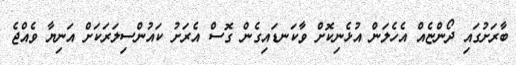
ބާރަށުގައި ދޯންޏެއް އެހެލަން އުޅެނިކޮށް ވާކަނޑައިގެން ގޮސް އެރަށު ކައުންސިލަރަކަށް އަނިޔާ ވެއްޖެ